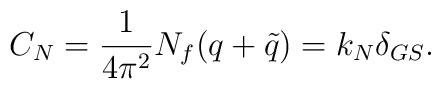
C_N = {1 \over 4 \pi^2} N_f (q + {\tilde q}) = k_N \delta_{GS}.